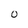
Character: 0